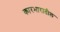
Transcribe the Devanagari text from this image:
कारभारातील